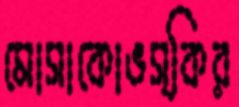
মোসাকোভস্কির